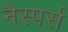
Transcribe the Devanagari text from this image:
नैस्पर्स